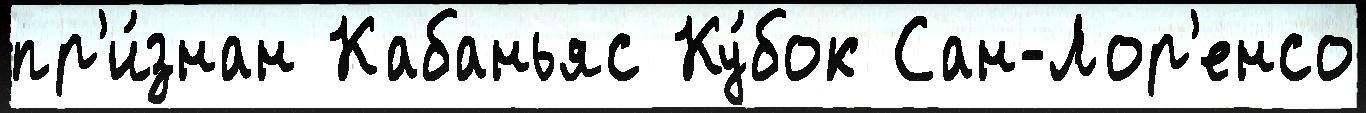
пр'и́знан Кабаньяс Ку́бок Сан-Лор'енсо